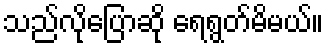
သည်လိုပြောဆို ရေရွတ်မိမယ်။